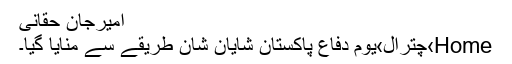
امیرجان حقانیؔ
Home›چترال›یوم دفاع پاکستان شایان شان طریقے سے منایا گیا۔